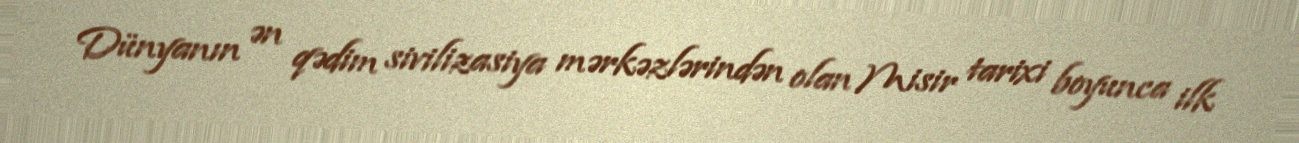
Dünyanın ən qədim sivilizasiya mərkəzlərindən olan Misir tarixi boyunca ilk